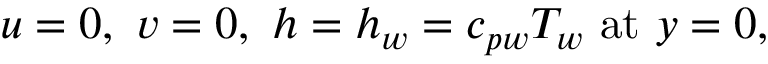
u = 0 , \ v = 0 , \ h = h _ { w } = c _ { p w } T _ { w } \ { \mathrm { a t } } \ y = 0 ,